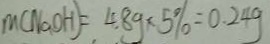
m ( N a O H ) = 4 . 8 g \times 5 \% = 0 . 2 4 g